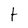
Character: t